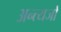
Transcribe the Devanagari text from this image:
अन्त्यजों